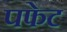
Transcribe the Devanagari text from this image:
पफेट